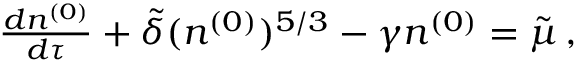
\begin{array} { r } { { \frac { d n ^ { ( 0 ) } } { d \tau } } + \tilde { \delta } ( n ^ { ( 0 ) } ) ^ { 5 / 3 } - \gamma n ^ { ( 0 ) } = \tilde { \mu } \, , } \end{array}